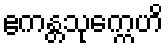
ဧကန္တသုက္ကေဟိ